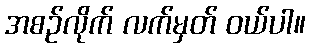
အစဉ်လိုက် လက်မှတ် ဝယ်ပါ။